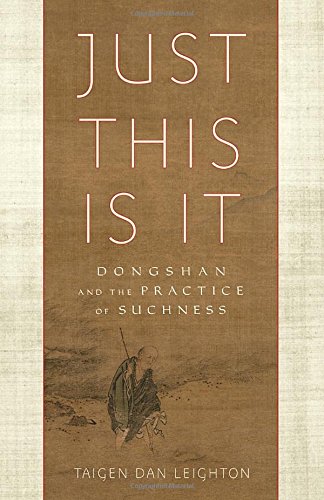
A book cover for Just This Is It: Dongshan and the Practice of Suchness; Taigen Dan Leighton; Religion & Spirituality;